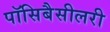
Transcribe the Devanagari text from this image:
पॉसिबैसीलरी